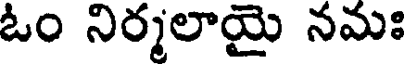
ఓం నిర్మలాయై నమః